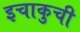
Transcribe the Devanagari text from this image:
इचाकुची